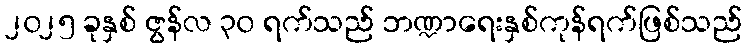
၂၀၂၅ ခုနှစ် ဇွန်လ ၃၀ ရက်သည် ဘဏ္ဍာရေးနှစ်ကုန်ရက်ဖြစ်သည်